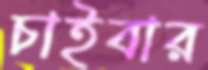
চাইবার